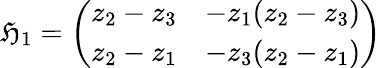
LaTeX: {\mathfrak{H}}_{1}={\left(\begin{array}{ll}{z_{2}-z_{3}}&{-z_{1}(z_{2}-z_{3})}\\ {z_{2}-z_{1}}&{-z_{3}(z_{2}-z_{1})}\end{array}\right)}